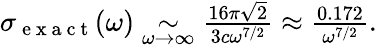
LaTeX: \begin{array}{r}{\sigma_{\mathrm{~e~x~a~c~t~}}(\omega)\underset{\omega\to\infty}{\sim}\frac{16\pi\sqrt{2}}{3c\omega^{7/2}}\approx\frac{0.172}{\omega^{7/2}}.}\end{array}